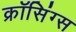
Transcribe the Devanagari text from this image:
क्रॉसिंग्स